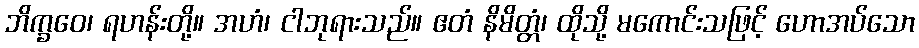
ဘိက္ခဝေ၊ ရဟန်းတို့။ အဟံ၊ ငါဘုရားသည်။ ဧတံ နိမိတ္တံ၊ ထိုသို့ မကောင်းသဖြင့် ဟောအပ်သော